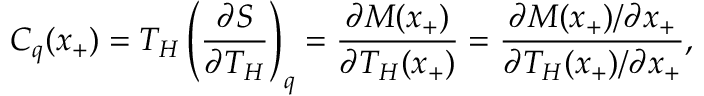
C _ { q } ( x _ { + } ) = T _ { H } \left( \frac { \partial S } { \partial T _ { H } } \right) _ { q } = \frac { \partial M ( x _ { + } ) } { \partial T _ { H } ( x _ { + } ) } = \frac { \partial M ( x _ { + } ) / \partial x _ { + } } { \partial T _ { H } ( x _ { + } ) / \partial x _ { + } } ,